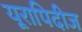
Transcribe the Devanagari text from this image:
यूरापिदीज